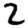
Digit: 2